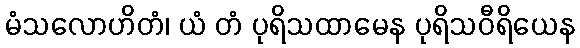
မံသလောဟိတံ၊ ယံ တံ ပုရိသထာမေန ပုရိသဝီရိယေန